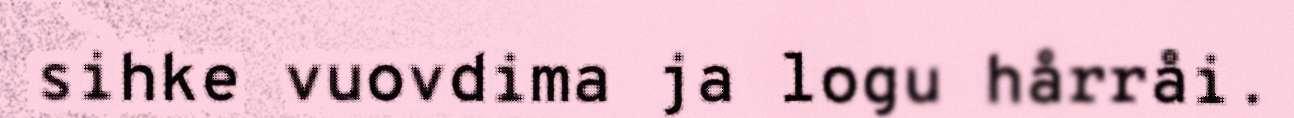
sihke vuovdima ja logu hårråi.